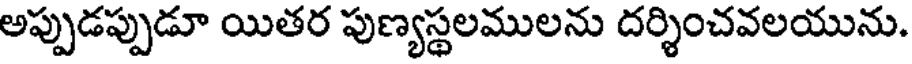
అప్పుడప్పుడూ యితర పుణ్యస్థలములను దర్శించవలయును.